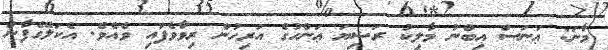
މާނަ: ޢަނަސް އިބްނު މާލިކު ރަޟިޔަ ޢަންހުގެ އަރިހުން ރިވާވެފައި ވެއެވެ. އެކަލޭގެފާނު